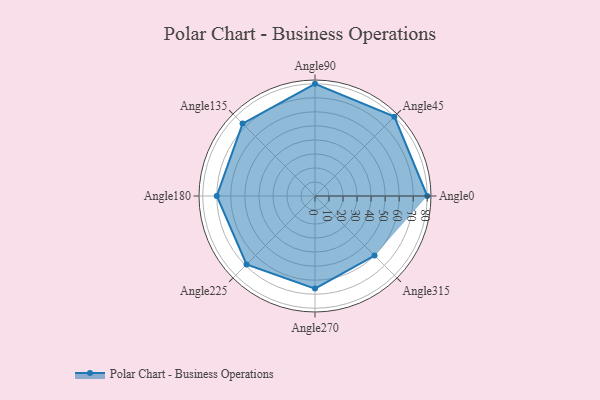
{"axis": {"x": "Angle", "y": "Radius"}, "legend": [""], "data": [{"x": "Angle0", "y": 80.0, "type": ""}, {"x": "Angle45", "y": 80.0, "type": ""}, {"x": "Angle90", "y": 80.0, "type": ""}, {"x": "Angle135", "y": 73.0, "type": ""}, {"x": "Angle180", "y": 70.0, "type": ""}, {"x": "Angle225", "y": 69.0, "type": ""}, {"x": "Angle270", "y": 66.0, "type": ""}, {"x": "Angle315", "y": 60.0, "type": ""}]}